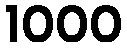
1000